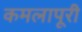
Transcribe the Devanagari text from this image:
कमलापूरी